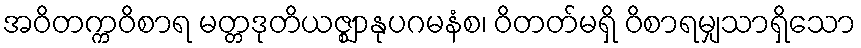
အဝိတက္ကဝိစာရ မတ္တဒုတိယဇ္ဈာနုပဂမနံစ၊ ဝိတတ်မရှိ ဝိစာရမျှသာရှိသော